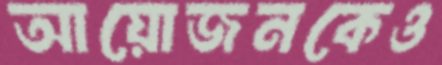
আয়োজনকেও